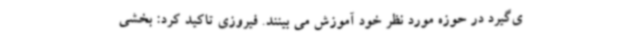
ی‌گیرد در حوزه مورد نظر خود آموزش می بینند. فیروزی تاکید کرد: بخشی